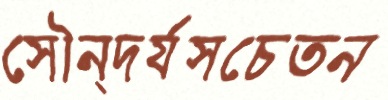
সৌন্দর্যসচেতন